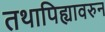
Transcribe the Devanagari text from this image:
तथापिह्यावरुन